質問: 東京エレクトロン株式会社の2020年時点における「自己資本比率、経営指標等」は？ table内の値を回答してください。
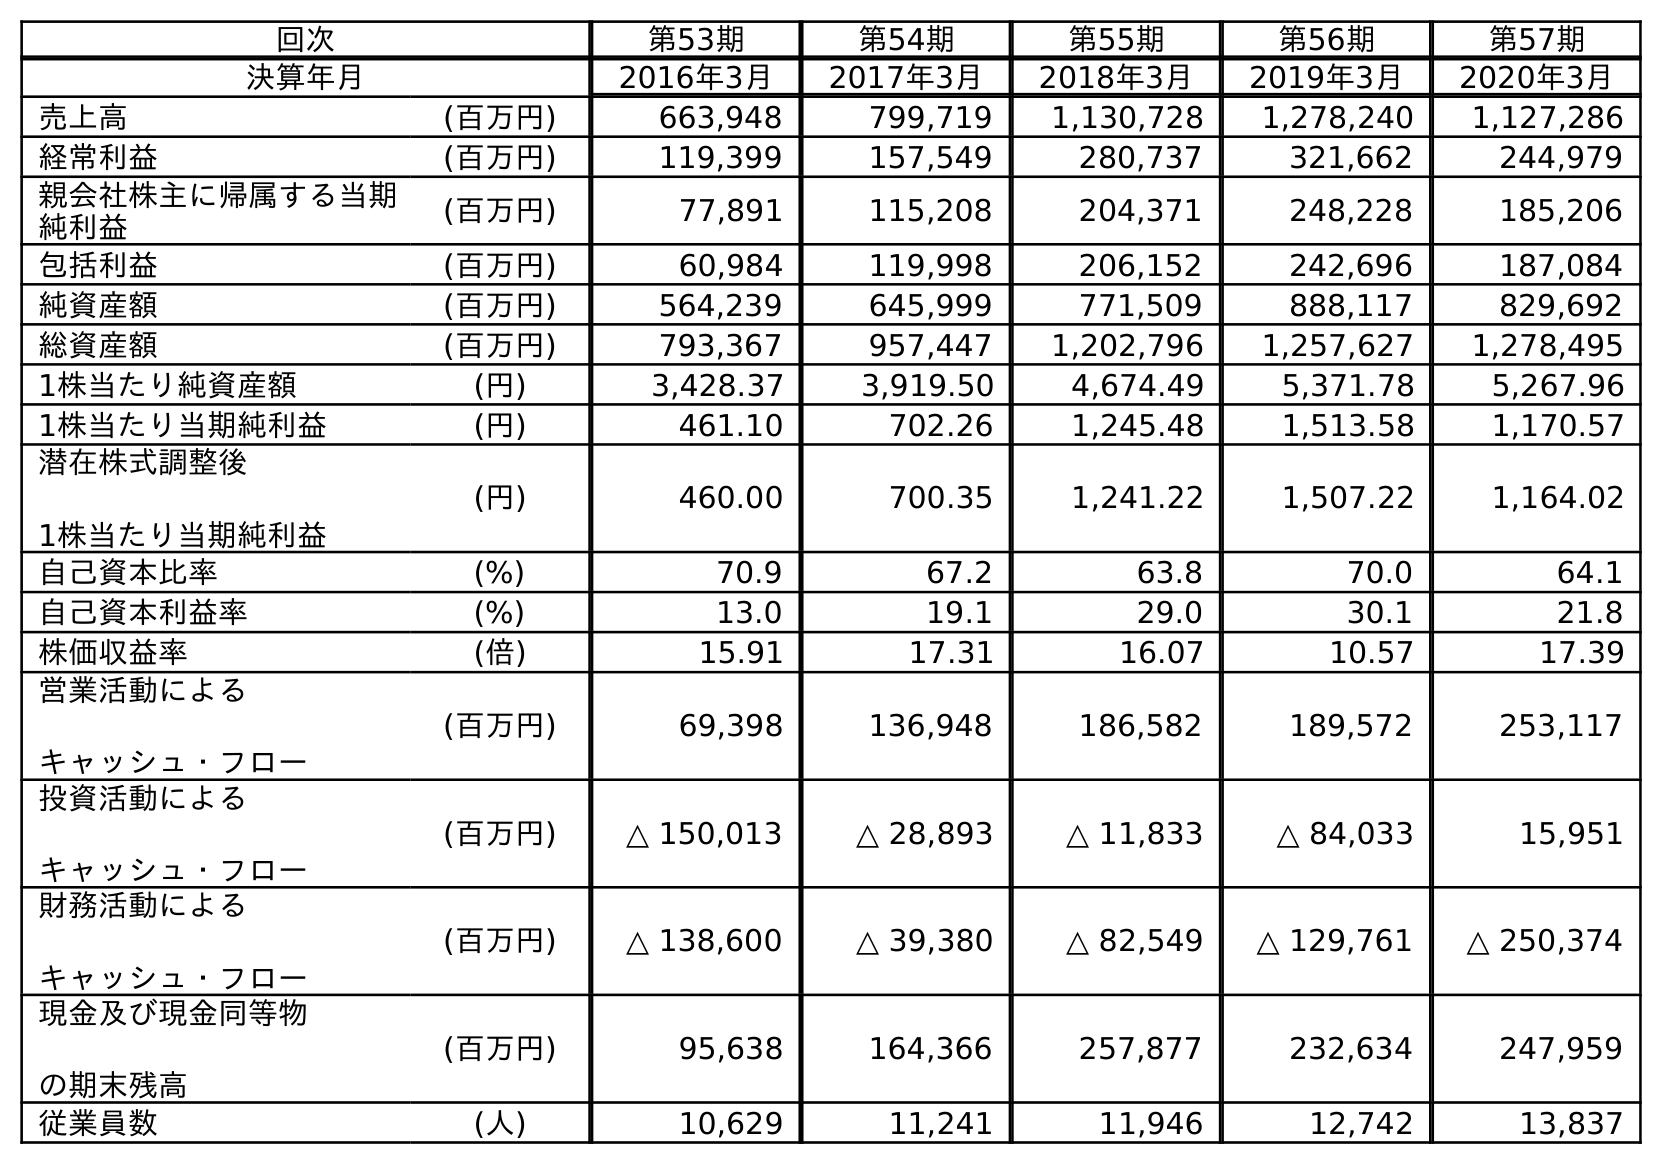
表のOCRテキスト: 回次 第53期 第54期 第55期 第56期 第57期 決算年月 2016年3月 2017年3月 2018年3月 2019年3月 2020年3月 売上高 (百万円) 663,948 799,719 1,130,728 1,278,240 1,127,286 経常利益 (百万円) 119,399 157,549 280,737 321,662 244,979 親会社株主に帰属する当期 純利益 (百万円) 77,891 115,208 204,371 248,228 185,206 包括利益 (百万円) 60,984 119,998 206,152 242,696 187,084 純資産額 (百万円) 564,239 645,999 771,509 888,117 829,692 総資産額 (百万円) 793,367 957,447 1,202,796 1,257,627 1,278,495 1株当たり純資産額 (円) 3,428.37 3,919.50 4,674.49 5,371.78 5,267.96 1株当たり当期純利益 (円) 461.10 702.26 1,245.48 1,513.58 1,170.57 潜在株式調整後 1株当たり当期純利益 (円) 460.00 700.35 1,241.22 1,507.22 1,164.02 自己資本比率 (%) 70.9 67.2 63.8 70.0 64.1 自己資本利益率 (%) 13.0 19.1 29.0 30.1 21.8 株価収益率 (倍) 15.91 17.31 16.07 10.57 17.39 営業活動による キャッシュ・フロー (百万円) 69,398 136,948 186,582 189,572 253,117 投資活動による キャッシュ・フロー (百万円) △ 150,013 △ 28,893 △ 11,833 △ 84,033 15,951 財務活動による キャッシュ・フロー (百万円) △ 138,600 △ 39,380 △ 82,549 △ 129,761 △ 250,374 現金及び現金同等物 の期末残高 (百万円) 95,638 164,366 257,877 232,634 247,959 従業員数 (人) 10,629 11,241 11,946 12,742 13,837
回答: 64.1